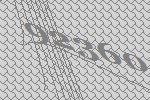
92360